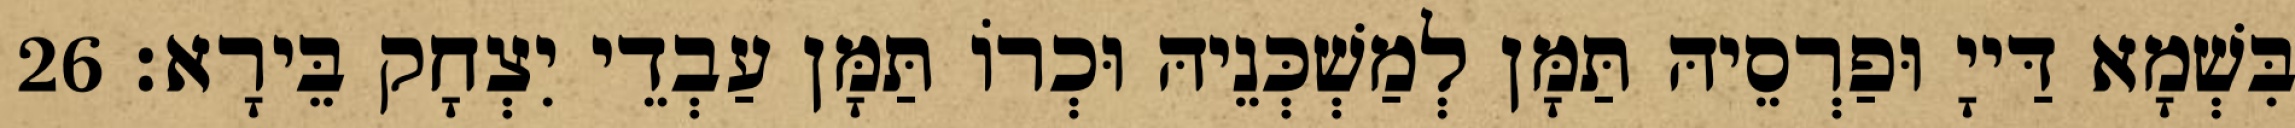
בִּשְׁמָא דַּייָ וּפַרְסֵיהּ תַּמָּן לְמַשְׁכְּנֵיהּ וּכְרוֹ תַּמָּן עַבְדֵי יִצְחָק בֵּירָא׃ 26